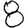
Digit: 8